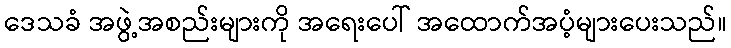
ဒေသခံ အဖွဲ့အစည်းများကို အရေးပေါ် အထောက်အပံ့များပေးသည်။